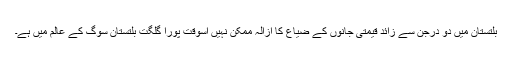
بلتستان میں دو درجن سے زائد قیمتی جانوں کے ضیاع کا ازالہ ممکن نہیں اسوقت پورا گلگت بلتستان سوگ کے عالم میں ہے۔